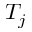
T _ { j }